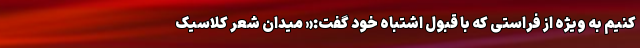
کنیم به ویژه از فراستی که با قبول اشتباه خود گفت:« میدانِ شعر کلاسیک